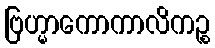
ဗြဟ္မာကောကာလိကဉ္စ